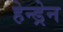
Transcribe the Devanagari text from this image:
हेन्ड्रेन